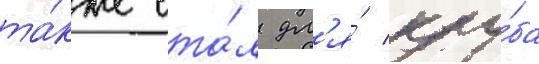
та́кже ста́л дл'я́ клу́ба